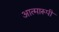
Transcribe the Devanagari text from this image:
आत्मारूपी